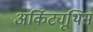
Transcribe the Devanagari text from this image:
अर्किट्यूथिस